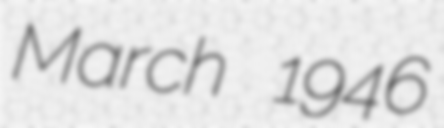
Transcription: March 1946